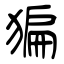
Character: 猵